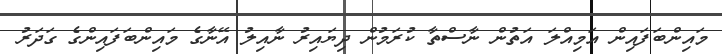
މައިންބަފައިން އަމިއްލަ އަތުން ނާސްތާ ކުރަމުން ދިޔައިރު ނާއިލު އޭނާގެ މައިންބަފައިންގެ ގަދަރު